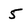
Character: 5